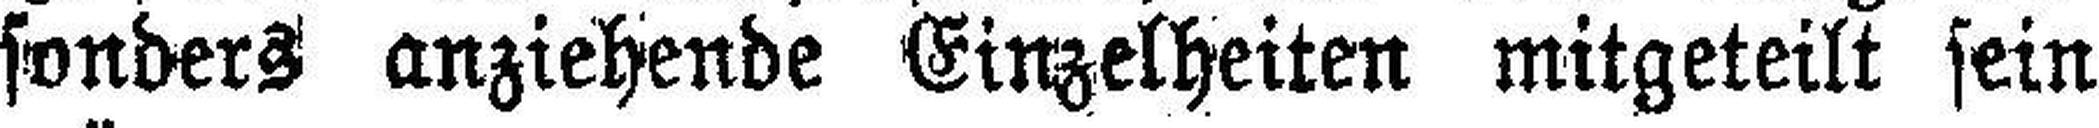
sonders anziehende Einzelheiten mitgeteilt sein